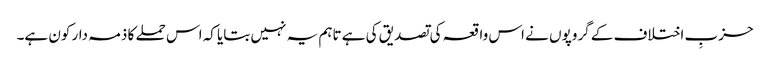
حزبِ اختلاف کے گروپوں نے اس واقعہ کی تصدیق کی ہے تاہم یہ نہیں بتایا کہ اس حملے کا ذمہ دار کون ہے۔